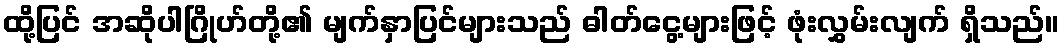
ထို့ပြင် အဆိုပါဂြိုဟ်တို့၏ မျက်နှာပြင်များသည် ဓါတ်ငွေ့များဖြင့် ဖုံးလွှမ်းလျက် ရှိသည်။